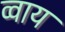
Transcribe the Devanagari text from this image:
व्वाय